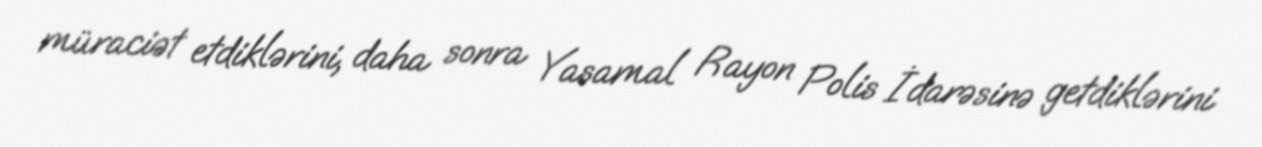
müraciət etdiklərini, daha sonra Yasamal Rayon Polis İdarəsinə getdiklərini